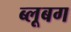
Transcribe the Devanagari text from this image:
ब्लूबग